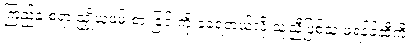
ကြည်နူးစရာ ညှို့ယူဖမ်းစားခြင်းကို ခံခဲ့ရတယ်လို့ သူ့ညီဖြစ်သူ ဖရန့်ခ်ဆီကို